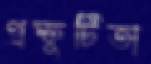
প্রস্ফুটিতা